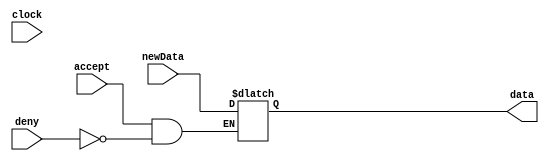
module acOut ( //Main ALU output accumulator
    input[7:0] newData,
    input accept,
    input deny,
    output reg[7:0] data,
    input clock
);

always @(*)
    begin
        if (accept == 1'b1 & deny == 1'b0)
            data <= newData;
        else
            data <= data;
    end
    
endmodule